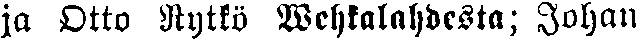
ja Otto Nytkö Wehkalahdesta; Johan